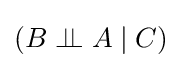
(B\perp \!\!\!\perp A\mid C)